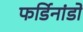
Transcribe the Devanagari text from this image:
फर्डिनांडो